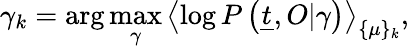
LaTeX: \gamma_{k}=\arg\operatorname*{max}_{\gamma}\left\langle\log P\left(\underline{{t}},O|\gamma\right)\right\rangle_{\{ \mu\} _{k}},